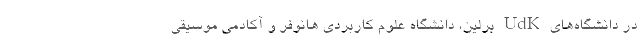
در دانشگاه‌های UdK برلین، دانشگاه علوم کاربردی هانوفر و آکادمی موسیقی